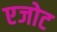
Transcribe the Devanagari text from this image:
एजोट